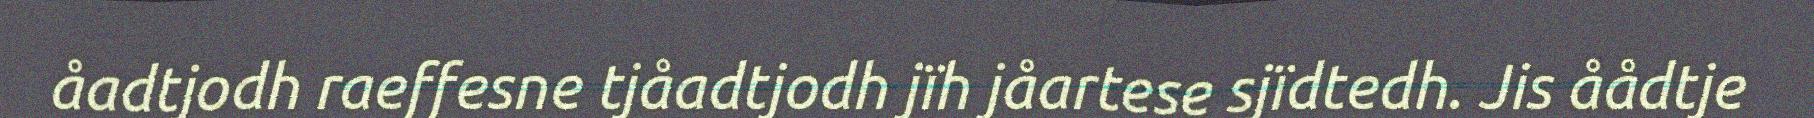
åadtjodh raeffesne tjåadtjodh jïh jåartese sjïdtedh. Jis åådtje